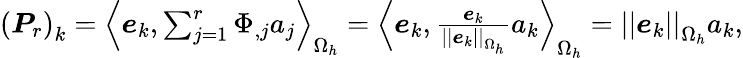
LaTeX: \begin{array}{r}{\left(\boldsymbol{P}_{r}\right)_{k}=\left<\boldsymbol{e}_{k},\sum_{j=1}^{r}\Phi_{,j}a_{j}\right>_{\Omega_{h}}=\left<\boldsymbol{e}_{k},\frac{\boldsymbol{e}_{k}}{\left|\left|\boldsymbol{e}_{k}\right|\right|_{\Omega_{h}}}a_{k}\right>_{\Omega_{h}}=\left|\left|\boldsymbol{e}_{k}\right|\right|_{\Omega_{h}}a_{k},}\end{array}